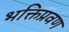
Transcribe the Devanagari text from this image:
भक्तिप्रवण